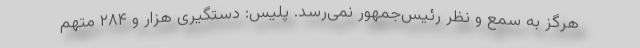
هرگز به سمع و نظر رئیس‌جمهور نمی‌رسد. پلیس: دستگیری هزار و ۲۸۴ متهم